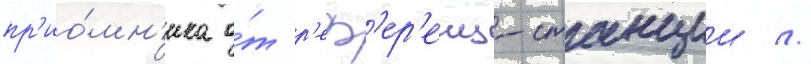
пр'ио́мн'ика о́т р'еф'ер'енц-станции //